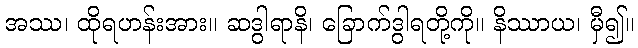
အဿ၊ ထိုရဟန်းအား။ ဆဒွါရာနိ၊ ခြောက်ဒွါရတို့ကို။ နိဿာယ၊ မှီ၍။